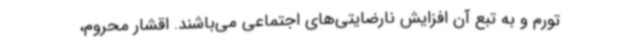
تورم و به تبع آن افزایش نارضایتی‌های اجتماعی می‌باشند. اقشار محروم،